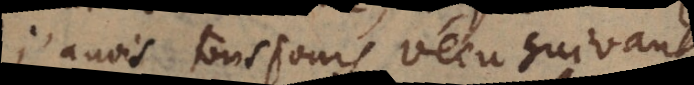
j’avois tousjours vécu suivant